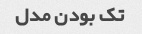
تک بودن مدل